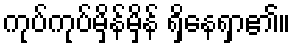
ကုပ်ကုပ်မှိန်မှိန် ရှိနေရှာ၏။